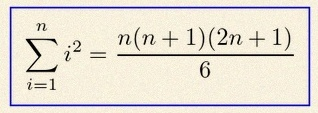
\sum_{i=1}^{n}i^2=\frac{n(n+1)(2n+1)}6